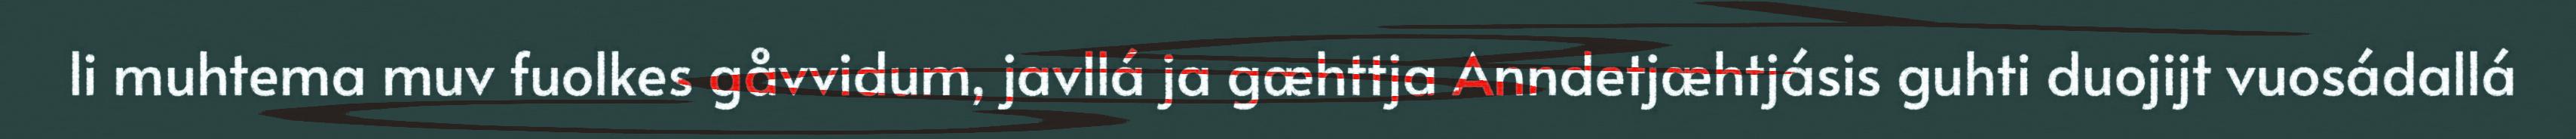
li muhtema muv fuolkes gåvvidum, javllá ja gæhttja Anndetjæhtjásis guhti duojijt vuosádallá